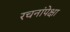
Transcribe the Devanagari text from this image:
रचनांपेक्षा